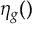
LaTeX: \eta _ { g } ( )